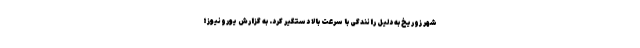
شهر زوریخ به دلیل رانندگی با سرعت بالا دستگیر کرد. به گزارش یورونیوز؛